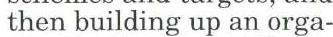
then building up an orga-